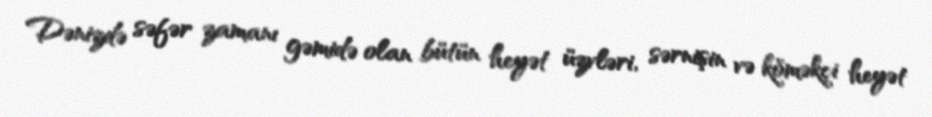
Dənizdə səfər zamanı gəmidə olan bütün heyət üzvləri, sərnişin və köməkçi heyət